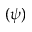
( \psi )